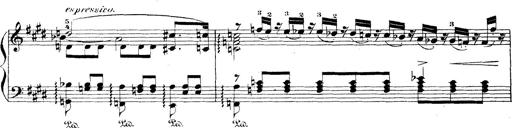
Title: Wagner-Liszt Album
Composer: Franz Liszt